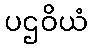
ပဌဝိယံ